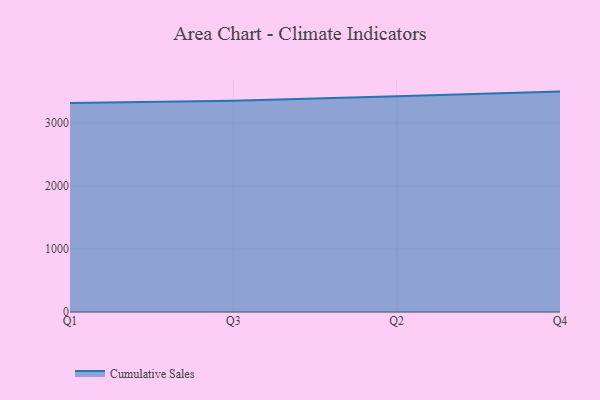
{"axis": {"x": "Quarter", "y": "Churn Rate (%)"}, "legend": ["Cumulative Sales"], "data": [{"x": "Q1", "y": 3317.9, "type": "Cumulative Sales"}, {"x": "Q3", "y": 3355.4, "type": "Cumulative Sales"}, {"x": "Q2", "y": 3424.9, "type": "Cumulative Sales"}, {"x": "Q4", "y": 3500.2, "type": "Cumulative Sales"}]}